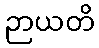
ဉာယတိ